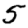
Digit: 5